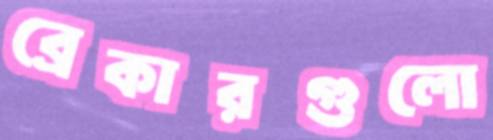
ব্রেকারগুলো